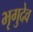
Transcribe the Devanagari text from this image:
भृगुदेव